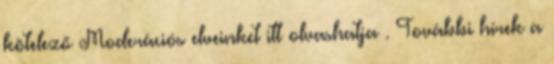
kötelező Moderációs elveinket itt olvashatja . További hírek a